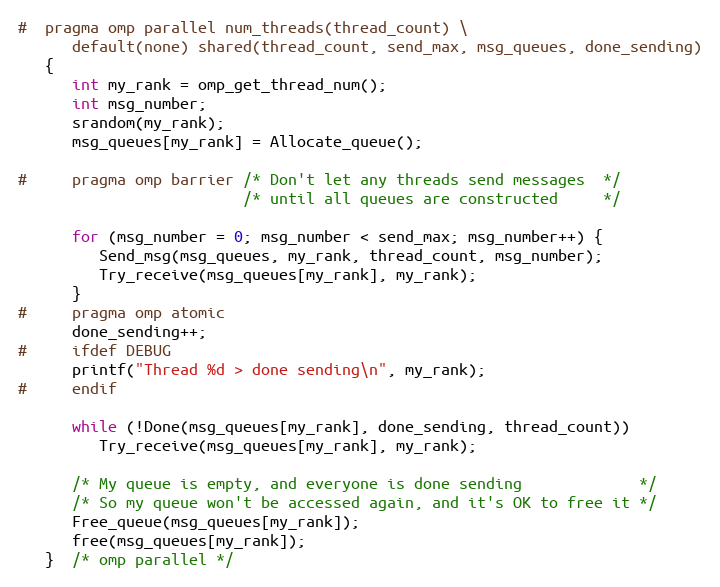
Language: C
#  pragma omp parallel num_threads(thread_count) \
      default(none) shared(thread_count, send_max, msg_queues, done_sending)
   {
      int my_rank = omp_get_thread_num();
      int msg_number;
      srandom(my_rank);
      msg_queues[my_rank] = Allocate_queue();

#     pragma omp barrier /* Don't let any threads send messages  */
                         /* until all queues are constructed     */

      for (msg_number = 0; msg_number < send_max; msg_number++) {
         Send_msg(msg_queues, my_rank, thread_count, msg_number);
         Try_receive(msg_queues[my_rank], my_rank);
      }
#     pragma omp atomic
      done_sending++;
#     ifdef DEBUG
      printf("Thread %d > done sending\n", my_rank);
#     endif

      while (!Done(msg_queues[my_rank], done_sending, thread_count))
         Try_receive(msg_queues[my_rank], my_rank);

      /* My queue is empty, and everyone is done sending             */
      /* So my queue won't be accessed again, and it's OK to free it */
      Free_queue(msg_queues[my_rank]);
      free(msg_queues[my_rank]);
   }  /* omp parallel */